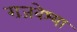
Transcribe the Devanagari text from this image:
राजवेश्या